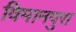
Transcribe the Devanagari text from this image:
विमानपुरा